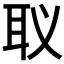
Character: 𮋬